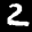
Label: 2